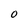
Character: O